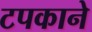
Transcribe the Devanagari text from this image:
टपकाने